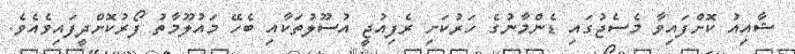
ޝާއިއު ކޮށްފައިވާ މެސެޖުގައި ޑެންމާނުގެ ހަރުކަށި ރެފިއުޖީ އުސޫލުތަކާއި ބެހޭ މައުލޫމާތު ފޯރުކޮށްދީފައިވެއެވެ.